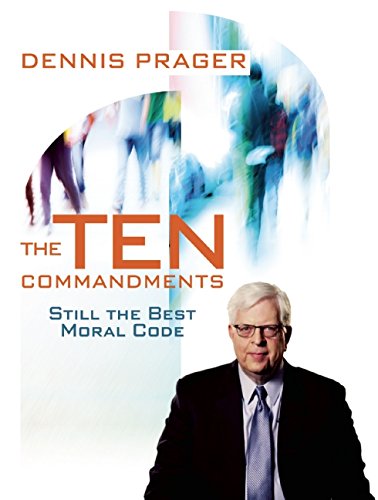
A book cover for The Ten Commandments: Still the Best Moral Code; Dennis Prager; Christian Books & Bibles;